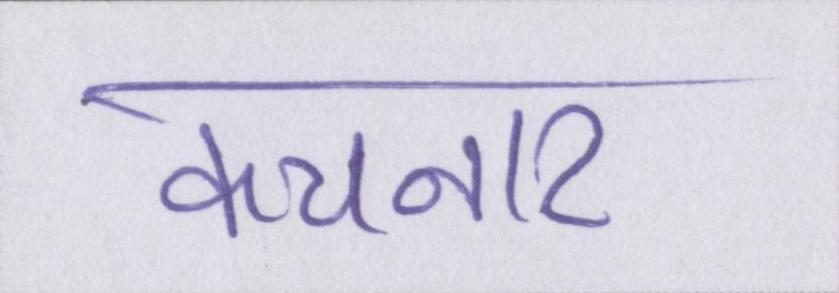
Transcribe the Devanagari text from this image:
कचनार